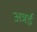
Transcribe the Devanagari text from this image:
अन्नई